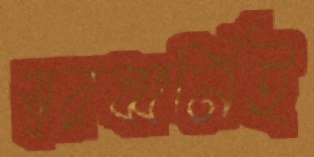
স্বরধ্বনিই